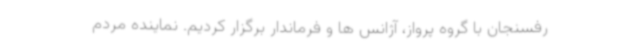
رفسنجان با گروه پرواز، آژانس ها و فرماندار برگزار کردیم. نماینده مردم